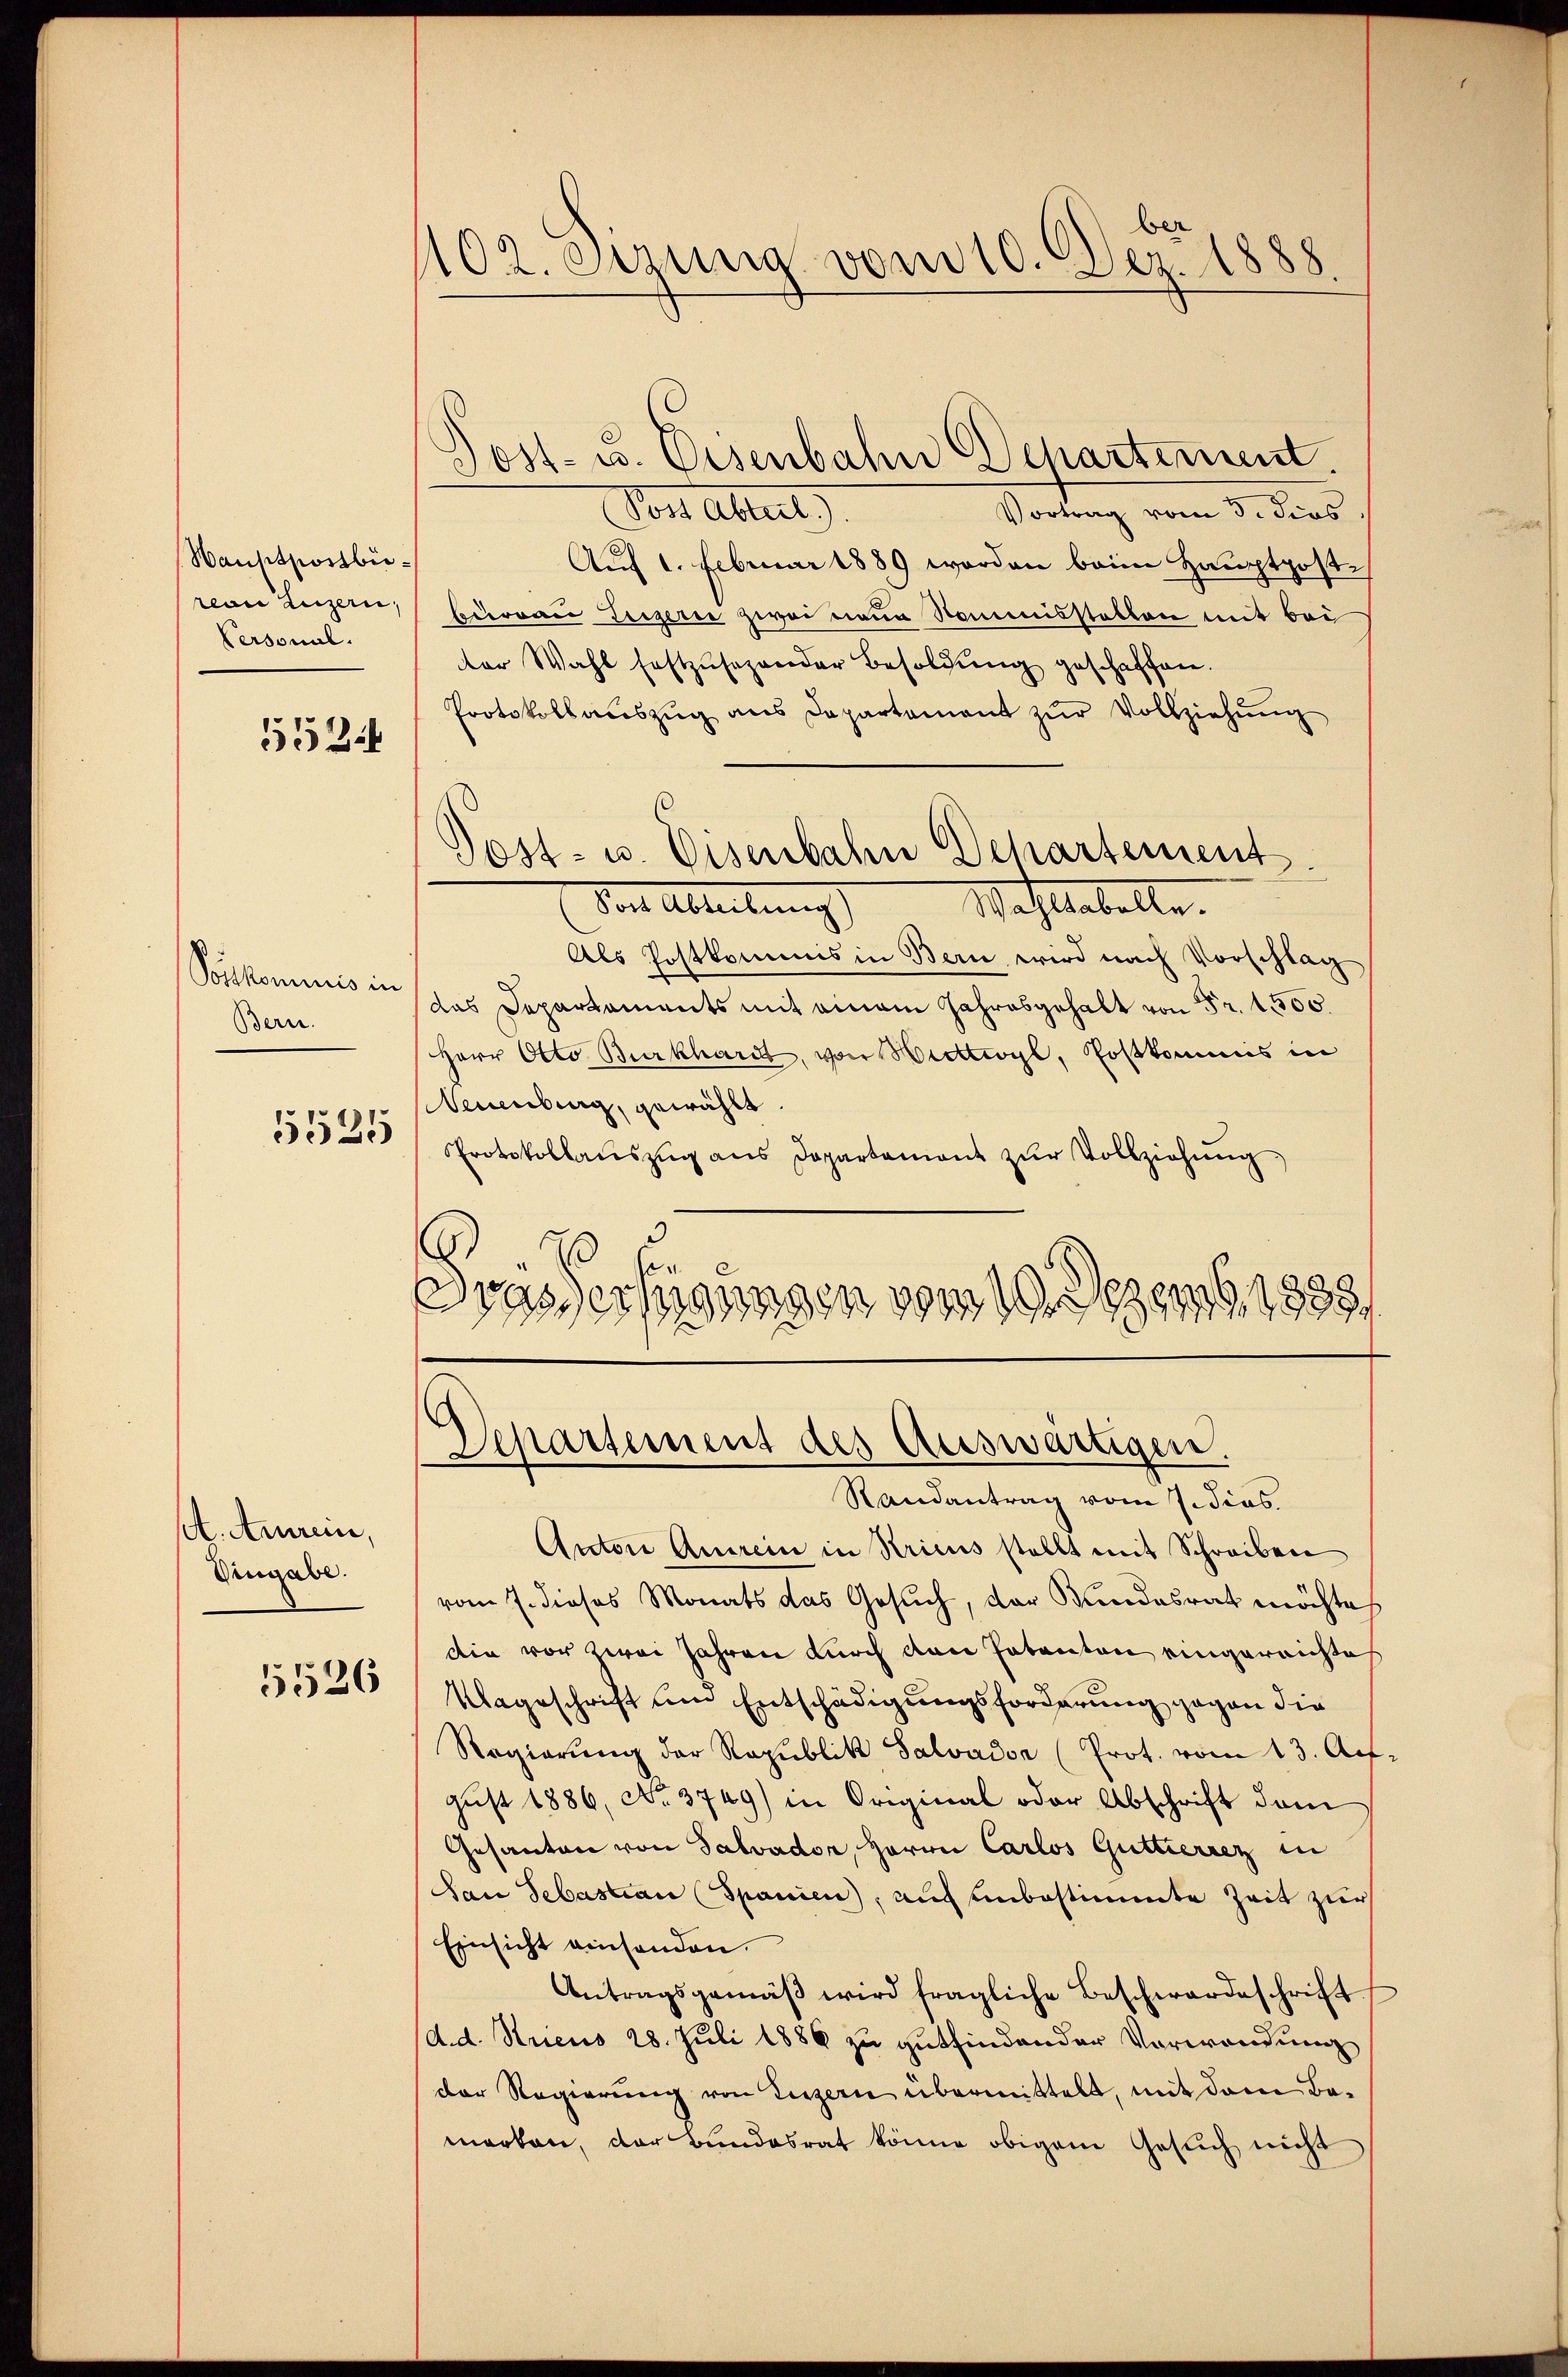
Hauptpostbirean Luzern,
Personal.

5524

Vorkommnis in
Bern.

5525

et. Anrein,
Vingabe.

5526

102. eizung vom 10. Dez. 1888

Post- u. Eisenbahn Departement.

Von Altert
Vortrag vom 3. dies
Auf 1. Februar 1889 worden beim Hauptposte
bureau Teiger zwei neue Nommisstatten mit bei
ter Wahl festzŭsezender Besoldŭng geschaffen.
Protokollauszug aus Departement zur Vollziehung
.
Vor Abteilung)
Wachstabelle.
Als Postkommis in Bern wird nach Vorschlag
das Departements mit einem Jahresgehalt von Fr. 1500.
Herr Otto Burkhardt, von Wittwyl, Postkommis in
Neuenburg, gewählt.
Protokollauszug aus Departament zur Vollziehung
3
.
E
rassersagungen vom 19. 1389, 1888

Gost- u. Eisenbahn Departement.

Departement des Auswärtigen.
Randantrag vom 7 dies

Anton Anrein in Kricus stellt mit Schreiben
vom 7. dieses Monats das Gesuch, der Bundesrath möchte
die vor zwei Jahren durch den Patenten eingereichte
Uageschrift um Entschädigungsforderung gegen die
Regierŭng der Republik Salvador (Prot. vom 13. Au-
gust 1886, No. 3749) in Original oder Abschrift dem
Gesanten von Salvador, Herrn Carlos Guttierrez in
San Sebastian (Spanien), auch unbestimmte Zeit zur
Einsicht einsenden.
Antragsgemäβ wird fragliche Beschwardeschrift
d.d. Streus 28. Juli 1886 zu gutfindender Verwendung
der Regierŭng von Luzern übermittelt, mit dem Be-
merken, der Bundesrat könne obigem Gesuch nicht